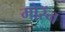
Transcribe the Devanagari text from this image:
मोरॅन